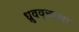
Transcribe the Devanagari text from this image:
ध्रुववृत्ताला